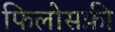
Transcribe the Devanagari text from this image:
फिलोसफ़ी